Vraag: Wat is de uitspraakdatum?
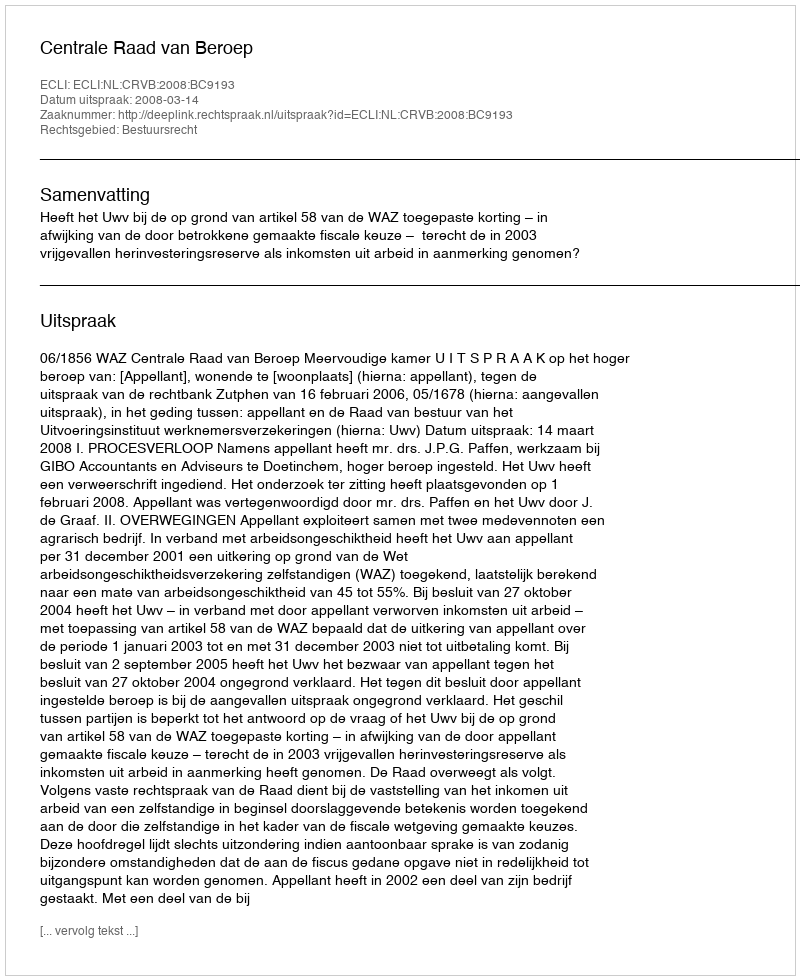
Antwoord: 2008-03-14